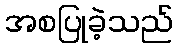
အစပြုခဲ့သည်